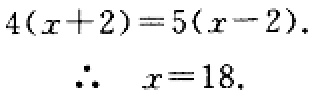
\[
\begin{align*}
4(x + 2)&=5(x - 2)\\
\therefore\ \ x&=18.
\end{align*}
\]